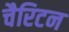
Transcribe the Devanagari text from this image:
चैरिटन